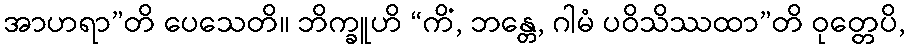
အာဟရာ”တိ ပေသေတိ။ ဘိက္ခူဟိ “ကိံ, ဘန္တေ, ဂါမံ ပဝိသိဿထာ”တိ ဝုတ္တေပိ,